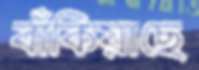
বাঁকিয়াছে